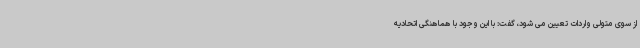
از سوی متولی واردات تعیین می شود، گفت: با این وجود با هماهنگی اتحادیه